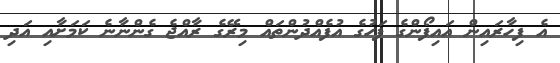
އެ ފިހާރައިން އައިފޯންގެ ފަހުގެ އުފެއްދުންތައް މިރޭގެ ރާއްޖެ ގެންނާނެ ކަމަށާއި އަދި